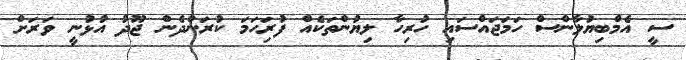
ސީ އެމްބިޔުލާންސް ހަމަޖައްސައި ހުރިހާ ލިޔުންތަކެއް ފުރިަހަމަ ކުރަންދެން ޖޫދު އުޅުނީ ވަރަށް